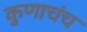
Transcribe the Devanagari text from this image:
कुणाचंच